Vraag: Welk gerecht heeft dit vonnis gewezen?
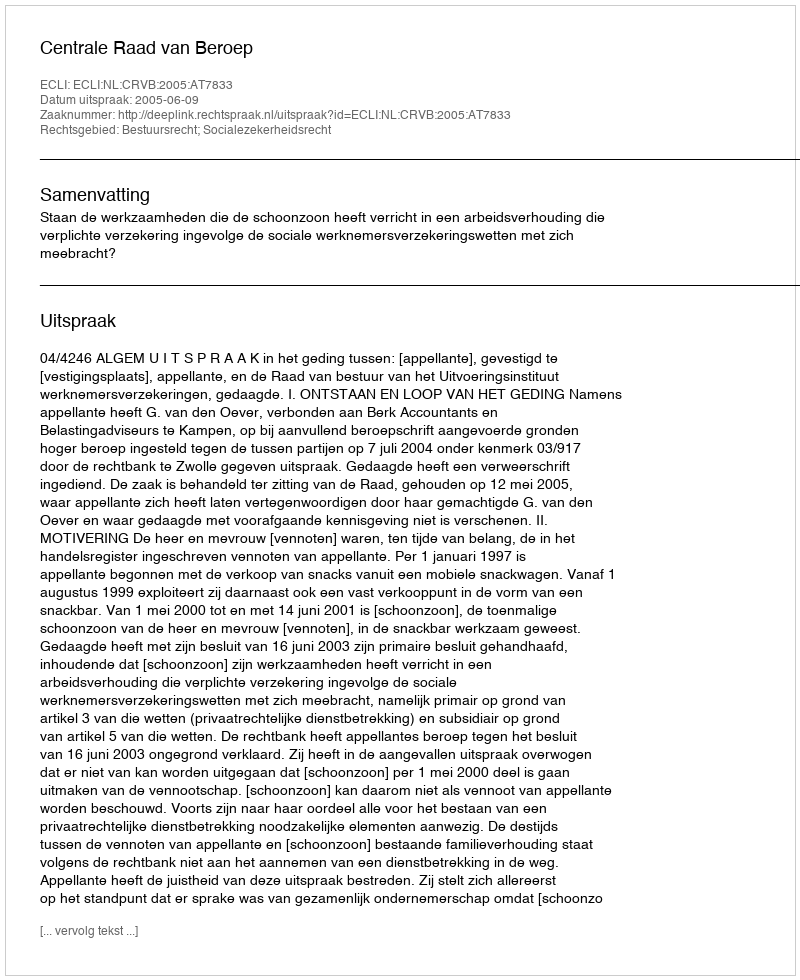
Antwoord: Centrale Raad van Beroep